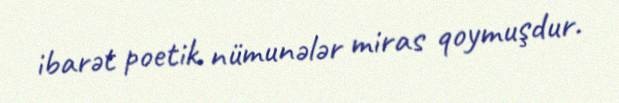
ibarət poetik nümunələr miras qoymuşdur.